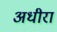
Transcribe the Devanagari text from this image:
अधीरा